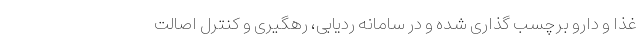
غذا و دارو برچسب گذاری شده و در سامانه ردیابی، رهگیری و کنترل اصالت